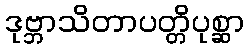
ဒုဗ္ဘာသိတာပတ္တိပုစ္ဆာ